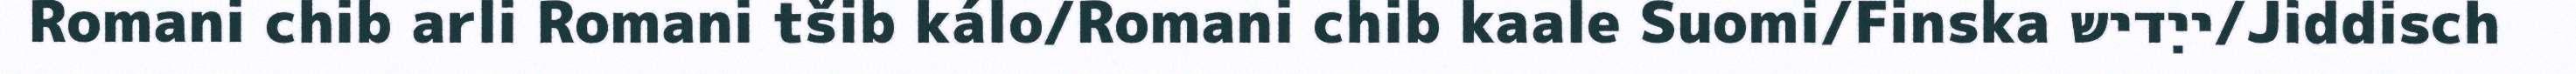
Romani chib arli Romani tšib kálo/Romani chib kaale Suomi/Finska ייִדיש/Jiddisch